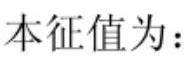
本征值为：